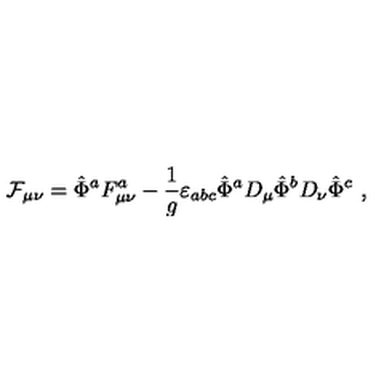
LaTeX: { \cal F } _ { \mu \nu } = \hat { \Phi } ^ { a } F _ { \mu \nu } ^ { a } - \frac { 1 } { g } \varepsilon _ { a b c } \hat { \Phi } ^ { a } D _ { \mu } \hat { \Phi } ^ { b } D _ { \nu } \hat { \Phi } ^ { c } \ ,